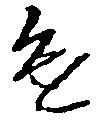
進